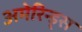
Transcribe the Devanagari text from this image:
अमेरिन्ड्स